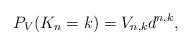
LaTeX: \begin{align*}P_{V}(K_{n}=k)=V_{n,k} d^{n,k},\end{align*}